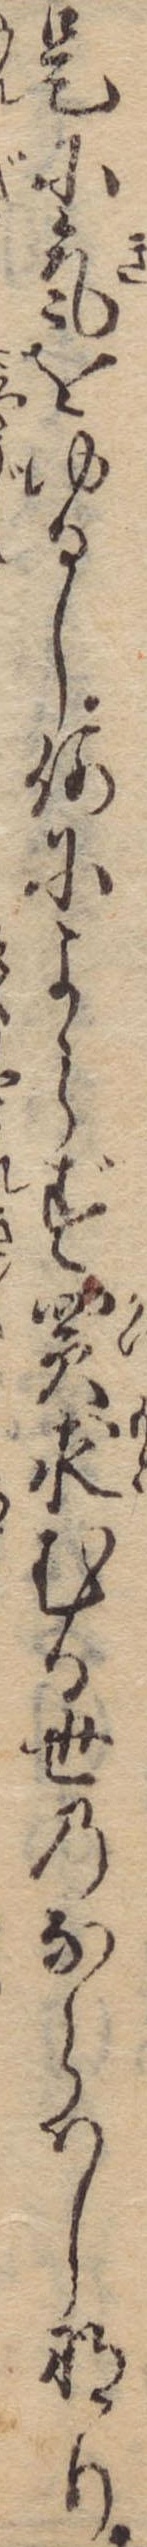
是に気をゆるし何によらず買求むる世のならはしなり